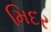
મિદર